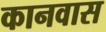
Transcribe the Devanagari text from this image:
कानवास